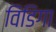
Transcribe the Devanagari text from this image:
विंडिगा